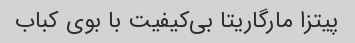
پیتزا مارگاریتا بی‌کیفیت با بوی کباب